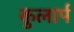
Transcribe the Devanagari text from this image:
कुलार्प